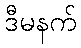
ဒီမနက်